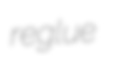
reglue